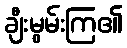
ချီးမွမ်းကြ၏